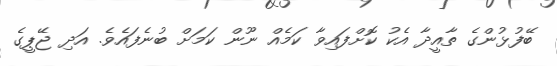
ބޭފުޅުންގެ ތާއީދާ އެކު ކޮށްފައިވާ ކަމެއް ނޫން ކަމަށް ބުނެފައެވެ. އަދި ޖޭޕީގެ